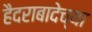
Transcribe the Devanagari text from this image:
हैदराबादेच्या